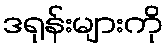
ဒရုန်းများကို